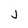
Character: J